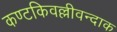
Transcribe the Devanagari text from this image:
कण्टकिवल्लीवन्दाक